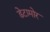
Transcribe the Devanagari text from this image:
डेटामोर